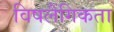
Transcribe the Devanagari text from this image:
विषलैंगिकता